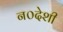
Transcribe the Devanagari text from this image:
न०देशी